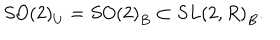
LaTeX: S O \left( 2 \right) _ { U } = S O \left( 2 \right) _ { B } \subset S L \left( 2 , R \right) _ { B } .